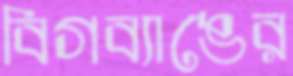
বিগব্যাঙের